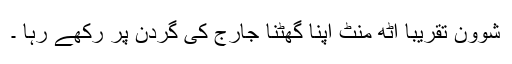
شوون تقریباً آٹھ منٹ اپنا گھٹنا جارج کی گردن پر رکھے رہا ۔